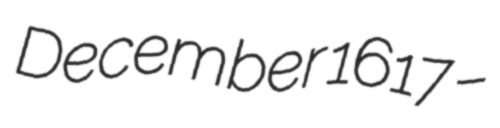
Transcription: December 1617 –